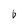
Character: b